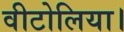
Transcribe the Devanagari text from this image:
वीटोलिया।